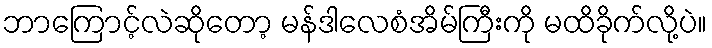
ဘာကြောင့်လဲဆိုတော့ မန်ဒါလေစံအိမ်ကြီးကို မထိခိုက်လို့ပဲ။